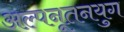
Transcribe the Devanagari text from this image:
अल्पनूतनयुग